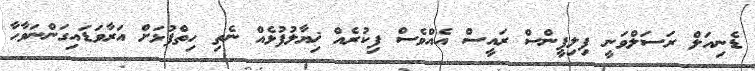
ޑެނިއަލް ރަސަލްވަނީ ފިލިޕީންސް ރައީސް އެއްވެސް ފިކުރެއް ޚިޔާލުފުޅެއް ނެތި ހިތްފުޅަށް އަރާވަޑައިގަންނަވާހާ